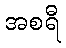
အစရီ